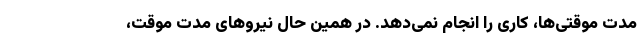
مدت موقتی‌ها، کاری را انجام نمی‌دهد. در همین حال نیروهای مدت موقت،